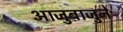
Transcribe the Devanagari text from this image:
आजुबाजुने